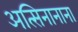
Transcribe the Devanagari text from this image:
अत्सिनानाना